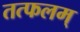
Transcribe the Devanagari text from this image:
तत्फलम्